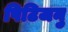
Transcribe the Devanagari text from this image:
पिटिजनु